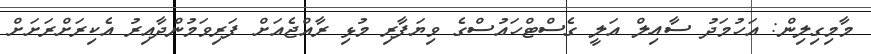
މާމިގިލިން: އަހުމަދު ސާއިލް އަލީ ގެސްޓްހައުސްގެ ވިޔަފާރި މުޅި ރާއްޖެއަށް ފަރިވަމުންދާއިރު އެކިރަށްރަށަށް